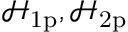
\mathcal { H } _ { \mathrm { 1 p } } , \mathcal { H } _ { \mathrm { 2 p } }